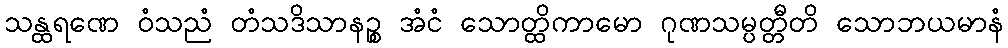
သန္ထရဏေ ဝံသညံ တံသဒိသာနဉ္စ အံငံ သောတ္ထိကာမော ဂုဏသမ္ပတ္တီတိ သောဘယမာနံ